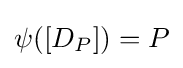
\psi ([D_{P}])=P